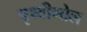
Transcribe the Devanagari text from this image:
पृथ्वीगोल